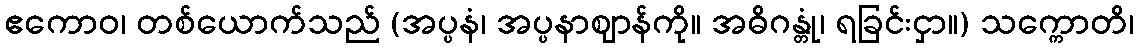
ဧကောဝ၊ တစ်ယောက်သည် (အပ္ပနံ၊ အပ္ပနာဈာန်ကို။ အဓိဂန္တုံ၊ ရခြင်းငှာ။) သက္ကောတိ၊